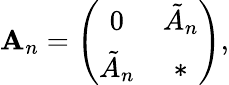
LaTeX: \mathbf{A}_{n}=\left(\begin{array}{cc}{{0}}&{{\tilde{A}_{n}}}\\ {{\tilde{A}_{n}}}&{{*}}\end{array}\right),